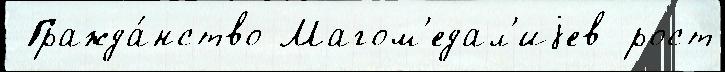
 Гражда́нство Магом'едал'иjев рост